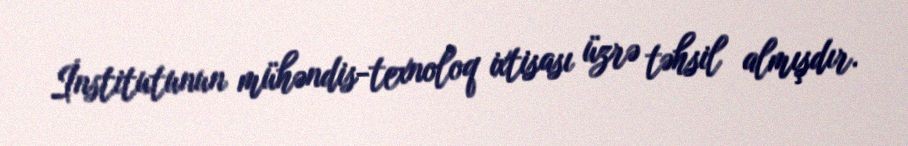
İnstitutunun mühəndis-texnoloq ixtisası üzrə təhsil almışdır.